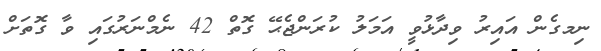
ނިމގެން އައިރު ވިދާޅުވީ އަމަލު ކުރަންޖެޙޭ ގޮތް 42 ނެމްނަރުގައި ވާ ގޮތަށް